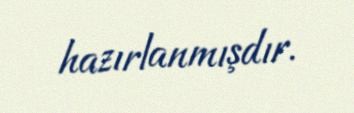
hazırlanmışdır.